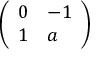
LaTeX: \left( \begin{array} { l l } { 0 } & { - 1 } \\ { 1 } & { a } \end{array} \right)